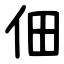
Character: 佃